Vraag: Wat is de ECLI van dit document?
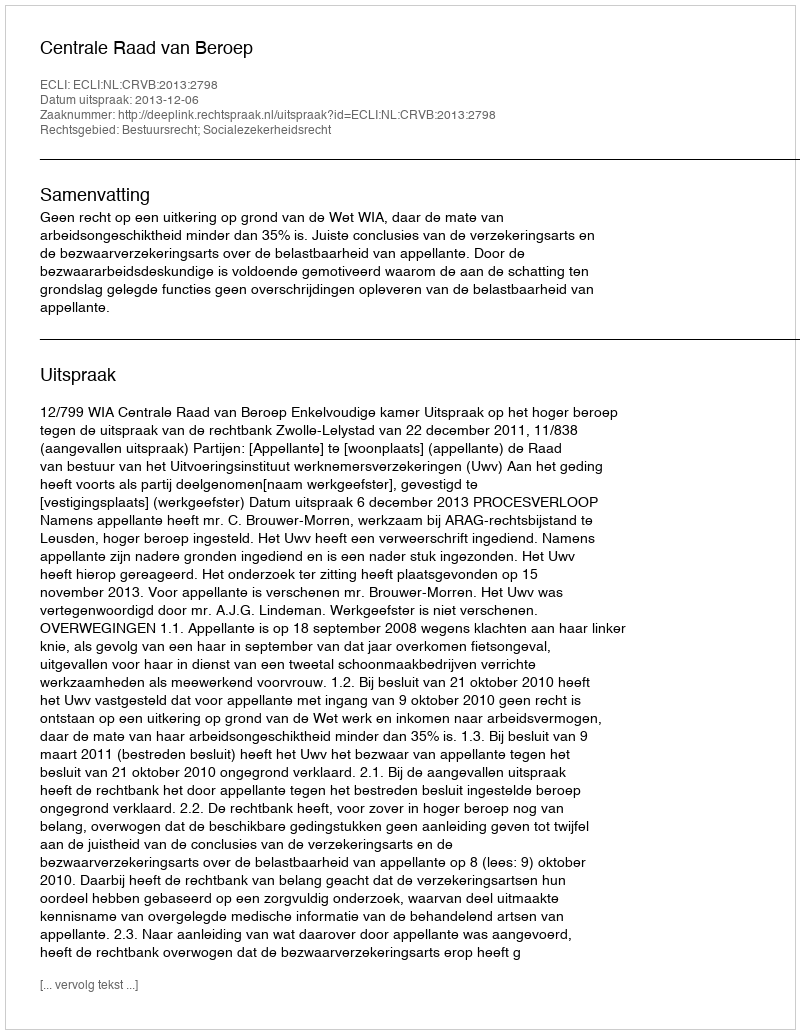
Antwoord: ECLI:NL:CRVB:2013:2798